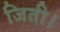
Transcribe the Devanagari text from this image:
जिती।